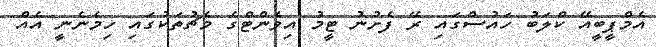
އެމްޕީބީއޭ ކްލަބު ހައުސްގައި ރޭ ފެށުނު ޓީމު އިވެންޓްގެ މެޗުތަކުގައި ހިމެނެނީ އެއް